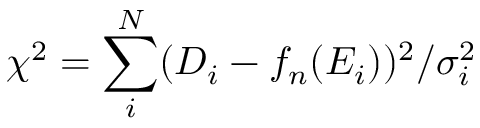
\chi ^ { 2 } = \sum _ { i } ^ { N } ( D _ { i } - f _ { n } ( E _ { i } ) ) ^ { 2 } / \sigma _ { i } ^ { 2 }